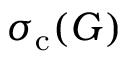
\sigma _ { \mathrm { c } } ( G )